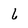
Character: 6